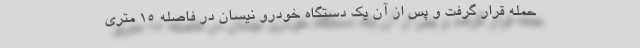
حمله قرار گرفت و پس از آن یک دستگاه خودرو نیسان در فاصله ۱۵ متری